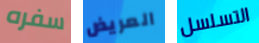
سفره العريض التسلسل